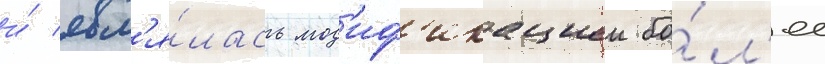
и́ явл'я́лась мод'иф'икациеи бо́л'ее